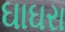
ઘાઘરા